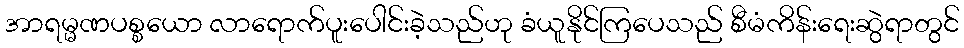
အာရမ္မဏပစ္စယော လာရောက်ပူးပေါင်းခဲ့သည်ဟု ခံယူနိုင်ကြပေသည် စီမံကိန်းရေးဆွဲရာတွင်